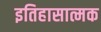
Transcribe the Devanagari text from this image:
इतिहासात्मक